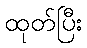
ထုတ်ပြီး